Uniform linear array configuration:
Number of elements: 64
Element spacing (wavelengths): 0.5
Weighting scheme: exponential
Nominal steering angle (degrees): -60
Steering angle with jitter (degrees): -59.785
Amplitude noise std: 0.05
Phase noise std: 0.05

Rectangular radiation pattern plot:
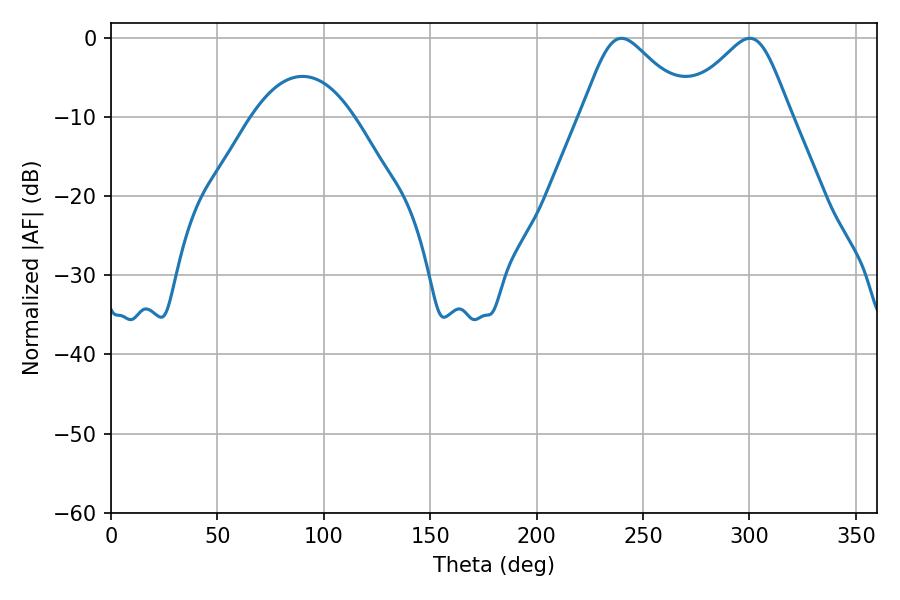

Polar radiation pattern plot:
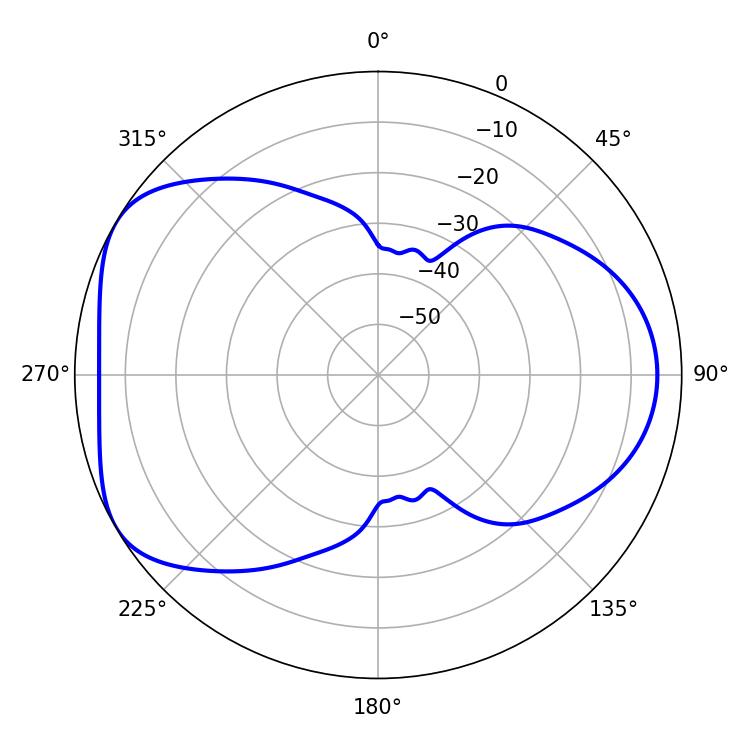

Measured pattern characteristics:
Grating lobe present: FALSE
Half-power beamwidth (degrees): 25.2
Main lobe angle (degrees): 239.94